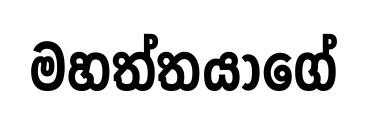
මහත්තයාගේ